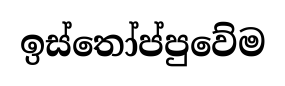
ඉස්තෝප්පුවේම